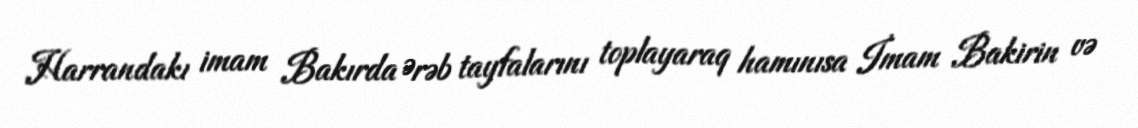
Harrandakı imam Bakırda Ərəb tayfalarını toplayaraq hamınısa İmam Bakirin və